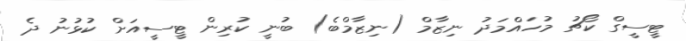
ޓީސީގް ކޯޗު މުހައްމަދު ނިޒާމް (ނިޒާމްބެ) ބުނީ ކުރިން ޓީސީއަށް ކުޅުނު ދެ